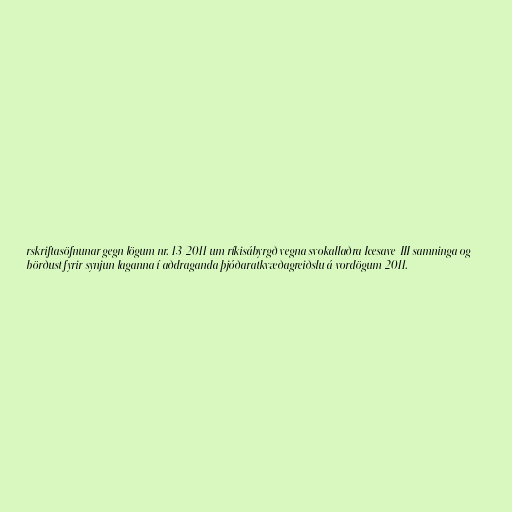
rskriftasöfnunar gegn lögum nr. 13/2011 um ríkisábyrgð vegna svokallaðra Icesave-III samninga og
börðust fyrir synjun laganna í aðdraganda þjóðaratkvæðagreiðslu á vordögum 2011.